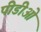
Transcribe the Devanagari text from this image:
पीडीओ